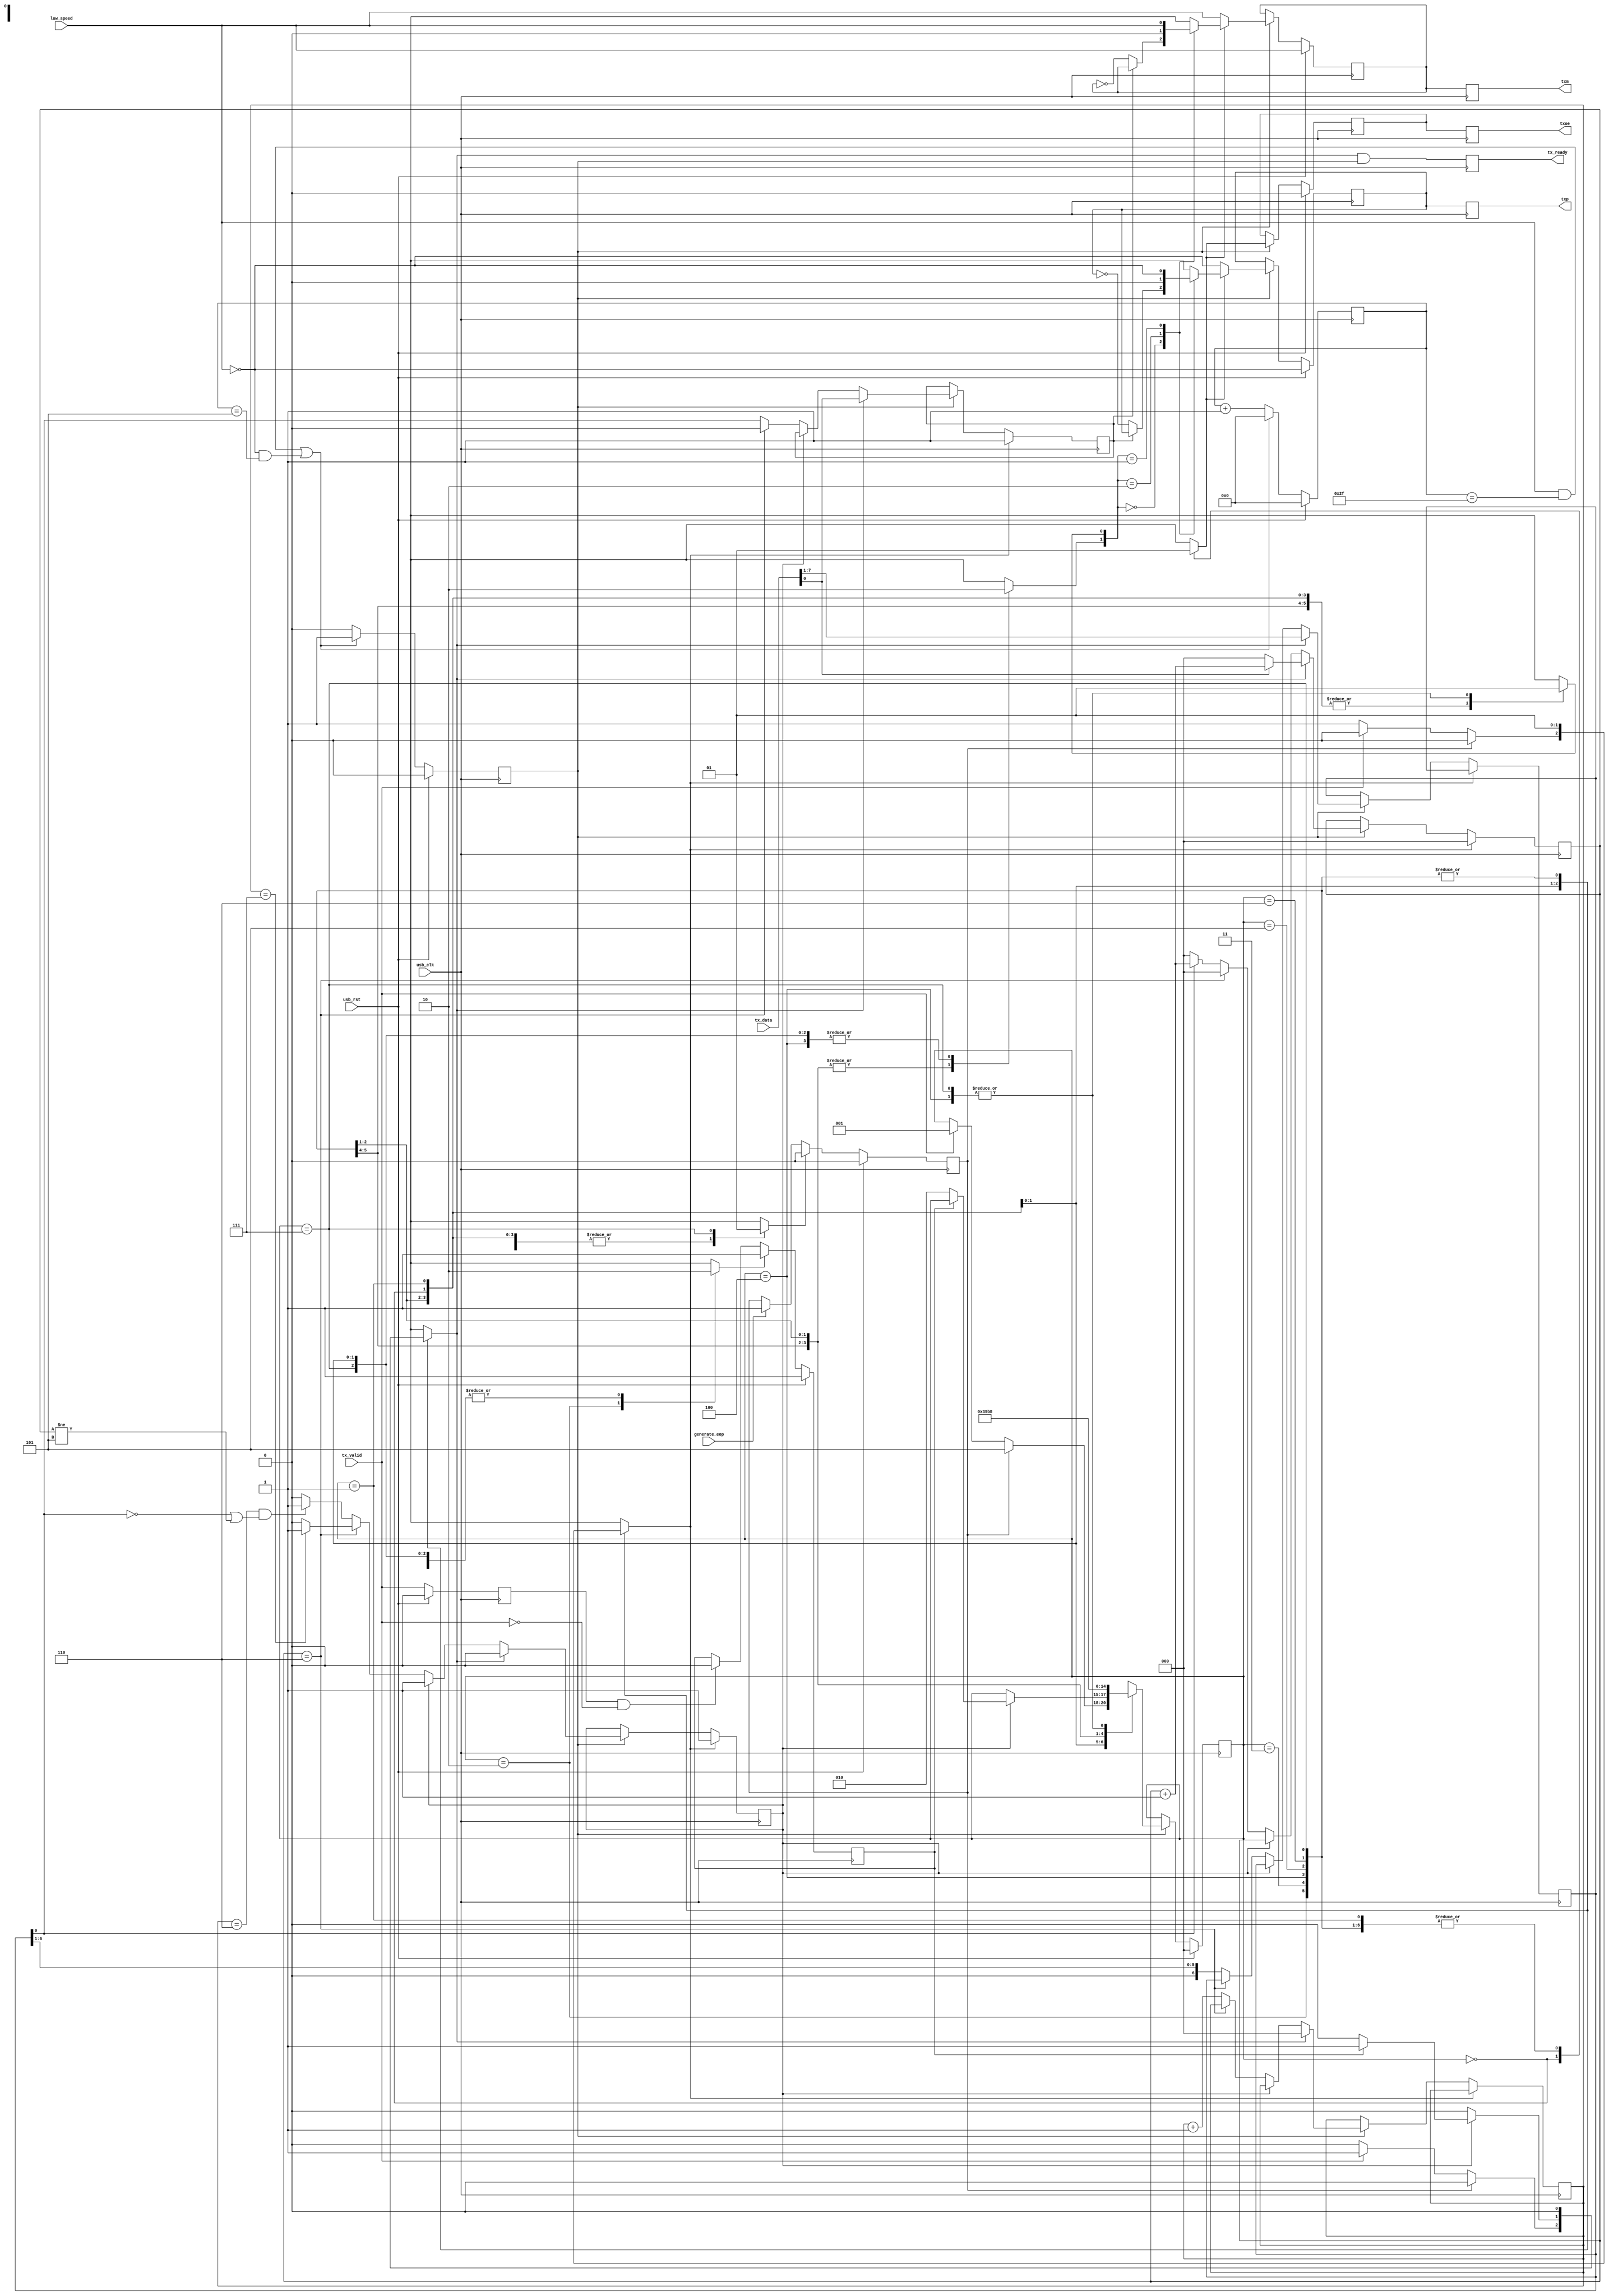
/*
 * Milkymist SoC
 * Copyright (C) 2007, 2008, 2009, 2010 Sebastien Bourdeauducq
 *
 * This program is free software: you can redistribute it and/or modify
 * it under the terms of the GNU General Public License as published by
 * the Free Software Foundation, version 3 of the License.
 *
 * This program is distributed in the hope that it will be useful,
 * but WITHOUT ANY WARRANTY; without even the implied warranty of
 * MERCHANTABILITY or FITNESS FOR A PARTICULAR PURPOSE.  See the
 * GNU General Public License for more details.
 *
 * You should have received a copy of the GNU General Public License
 * along with this program.  If not, see <http://www.gnu.org/licenses/>.
 */

module softusb_tx(
	input usb_clk,
	input usb_rst,

	input [7:0] tx_data,
	input tx_valid,
	output reg tx_ready,

	output reg txp,
	output reg txm,
	output reg txoe,

	input low_speed,
	input generate_eop
);

/* Register outputs */
reg txp_r;
reg txm_r;
reg txoe_r;
always @(posedge usb_clk) begin
	txp <= txp_r;
	txm <= txm_r;
	txoe <= txoe_r;
end

/* Clock 'divider' */
reg gce; /* global clock enable */
reg [5:0] gce_counter;
always @(posedge usb_clk) begin
	if(usb_rst) begin
		gce <= 1'b0;
		gce_counter <= 6'd0;
	end else begin
		gce <= 1'b0;
		gce_counter <= gce_counter + 6'd1;
		if((low_speed & gce_counter == 6'd47) | (~low_speed & gce_counter == 6'd5)) begin
			gce <= 1'b1;
			gce_counter <= 6'd0;
		end
	end
end

/* Shift register w/bit stuffing */
reg sr_rst;
reg sr_load;
reg sr_done;
reg sr_out;
reg [2:0] bitcount;
reg [2:0] onecount;
reg [6:0] sr;
always @(posedge usb_clk) begin
	if(sr_rst) begin
		sr_done <= 1'b1;
		onecount <= 3'd0;
		sr_out <= 1'b1;
	end else if(gce) begin
		if(sr_load) begin
			sr_done <= 1'b0;
			sr_out <= tx_data[0];
			bitcount <= 3'd0;
			if(tx_data[0])
				onecount <= onecount + 3'd1;
			else
				onecount <= 3'd0;
			sr <= tx_data[7:1];
		end else if(~sr_done) begin
			if(onecount == 3'd6) begin
				onecount <= 3'd0;
				sr_out <= 1'b0;
				if(bitcount == 3'd7)
					sr_done <= 1'b1;
			end else begin
				sr_out <= sr[0];
				if(sr[0])
					onecount <= onecount + 3'd1;
				else
					onecount <= 3'd0;
				bitcount <= bitcount + 3'd1;
				if((bitcount == 3'd6) & (~sr[0] | (onecount != 3'd5)))
					sr_done <= 1'b1;
				sr <= {1'b0, sr[6:1]};
			end
		end
	end
end

/* Output generation */
reg txoe_ctl;
reg generate_se0;
reg generate_j;

always @(posedge usb_clk) begin
	if(usb_rst) begin
		txoe_r <= 1'b0;
		txp_r <= ~low_speed;
		txm_r <= low_speed;
	end else if(gce) begin
		if(~txoe_ctl) begin
			txp_r <= ~low_speed; /* return to J */
			txm_r <= low_speed;
		end else begin
			case({generate_se0, generate_j})
				2'b00: begin
					if(~sr_out) begin
						txp_r <= ~txp_r;
						txm_r <= ~txm_r;
					end
				end
				2'b10: begin
					txp_r <= 1'b0;
					txm_r <= 1'b0;
				end
				2'b01: begin
					txp_r <= ~low_speed;
					txm_r <= low_speed;
				end
				default: begin
					txp_r <= 1'bx;
					txm_r <= 1'bx;
				end
			endcase
		end
		txoe_r <= txoe_ctl;
	end
end

/* Sequencer */

parameter IDLE		= 3'd0;
parameter DATA		= 3'd1;
parameter EOP1		= 3'd2;
parameter EOP2		= 3'd3;
parameter J		= 3'd4;
parameter GEOP1		= 3'd5;
parameter GEOP2		= 3'd6;
parameter GJ		= 3'd7;

reg [2:0] state;
reg [2:0] next_state;

always @(posedge usb_clk) begin
	if(usb_rst)
		state <= IDLE;
	else if(gce)
		state <= next_state;
end

reg tx_ready0;
always @(posedge usb_clk)
	tx_ready <= tx_ready0 & gce;

reg tx_valid_r;
reg transmission_continue;
reg transmission_end_ack;
always @(posedge usb_clk) begin
	if(usb_rst) begin
		tx_valid_r <= 1'b0;
		transmission_continue <= 1'b1;
	end else begin
		tx_valid_r <= tx_valid;
		if(tx_valid_r & ~tx_valid)
			transmission_continue <= 1'b0;
		if(transmission_end_ack)
			transmission_continue <= 1'b1;
	end
end

reg generate_eop_pending;
reg generate_eop_clear;
always @(posedge usb_clk) begin
	if(usb_rst)
		generate_eop_pending <= 1'b0;
	else begin
		if(generate_eop)
			generate_eop_pending <= 1'b1;
		if(generate_eop_clear)
			generate_eop_pending <= 1'b0;
	end
end

always @(*) begin
	txoe_ctl = 1'b0;
	sr_rst = 1'b0;
	sr_load = 1'b0;
	generate_se0 = 1'b0;
	generate_j = 1'b0;
	tx_ready0 = 1'b0;
	transmission_end_ack = 1'b0;
	generate_eop_clear = 1'b0;

	next_state = state;

	case(state)
		IDLE: begin
			txoe_ctl = 1'b0;
			if(generate_eop_pending)
				next_state = GEOP1;
			else begin
				if(tx_valid) begin
					sr_load = 1'b1;
					tx_ready0 = 1'b1;
					next_state = DATA;
				end else
					sr_rst = 1'b1;
			end
		end
		DATA: begin
			txoe_ctl = 1'b1;
			if(sr_done) begin
				if(transmission_continue) begin
					sr_load = 1'b1;
					tx_ready0 = 1'b1;
				end else
					next_state = EOP1;
			end
		end
		EOP1: begin
			transmission_end_ack = 1'b1;
			sr_rst = 1'b1;
			txoe_ctl = 1'b1;
			generate_se0 = 1'b1;
			next_state = EOP2;
		end
		EOP2: begin
			sr_rst = 1'b1;
			txoe_ctl = 1'b1;
			generate_se0 = 1'b1;
			next_state = J;
		end
		J: begin
			sr_rst = 1'b1;
			txoe_ctl = 1'b1;
			generate_j = 1'b1;
			next_state = IDLE;
		end
		GEOP1: begin
			sr_rst = 1'b1;
			txoe_ctl = 1'b1;
			generate_se0 = 1'b1;
			next_state = GEOP2;
		end
		GEOP2: begin
			sr_rst = 1'b1;
			txoe_ctl = 1'b1;
			generate_se0 = 1'b1;
			next_state = GJ;
		end
		GJ: begin
			generate_eop_clear = 1'b1;
			sr_rst = 1'b1;
			txoe_ctl = 1'b1;
			generate_j = 1'b1;
			next_state = IDLE;
		end
	endcase
end

endmodule